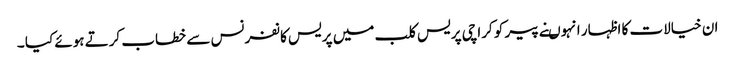
ان خیالات کا اظہار انہوںنے پیر کو کراچی پریس کلب میں پریس کانفرنس سے خطاب کرتے ہوئے کیا ۔